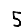
Digit: 5